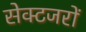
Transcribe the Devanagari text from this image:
सेक्टजरों